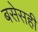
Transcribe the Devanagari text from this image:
बसेसही